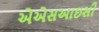
એએસઆઇસી